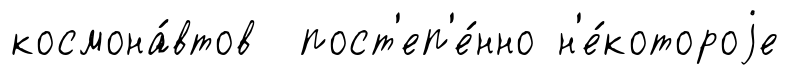
космона́втов пост'еп'е́нно н'е́котороjе